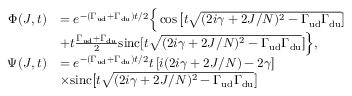
\begin{array} { r l } { \Phi ( J , t ) } & { = e ^ { - \left( \Gamma _ { \mathrm { u d } } + \Gamma _ { \mathrm { d u } } \right) t / 2 } \Big \{ \cos \big [ t \sqrt { ( 2 i \gamma + 2 J / N ) ^ { 2 } - \Gamma _ { \mathrm { u d } } \Gamma _ { \mathrm { d u } } } \big ] } \\ & { + t \frac { \Gamma _ { \mathrm { u d } } + \Gamma _ { \mathrm { d u } } } { 2 } \mathrm { s i n c } [ t \sqrt { ( 2 i \gamma + 2 J / N ) ^ { 2 } - \Gamma _ { \mathrm { u d } } \Gamma _ { \mathrm { d u } } } ] \Big \} , } \\ { \Psi ( J , t ) } & { = e ^ { - \left( \Gamma _ { \mathrm { u d } } + \Gamma _ { \mathrm { d u } } \right) t / 2 } t \left[ i ( 2 i \gamma + 2 J / N ) - 2 \gamma \right] } \\ & { \times \mathrm { s i n c } \big [ t \sqrt { ( 2 i \gamma + 2 J / N ) ^ { 2 } - \Gamma _ { \mathrm { u d } } \Gamma _ { \mathrm { d u } } } \big ] } \end{array}